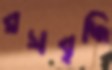
রসবৃদ্ধি